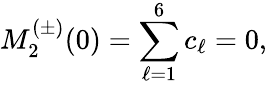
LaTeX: M_{2}^{(\pm)}(0)=\sum_{\ell=1}^{6}c_{\ell}=0,